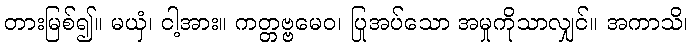
တားမြစ်၍။ မယှံ၊ ငါ့အား။ ကတ္တဗ္ဗမေဝ၊ ပြုအပ်သော အမှုကိုသာလျှင်။ အကာသိ၊